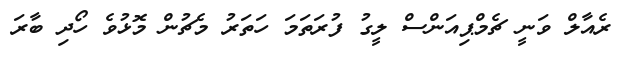
ރެއާލް ވަނީ ޗެމްޕިއަންސް ލީގު ފުރަތަމަ ހަތަރު މެޗުން މޮޅުވެ ހޯދި ބާރަ